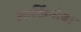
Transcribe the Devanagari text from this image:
आर्किनोवा